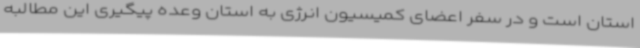
استان است و در سفر اعضای کمیسیون انرژی به استان وعده پیگیری این مطالبه